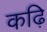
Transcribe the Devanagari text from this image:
कढ़ि